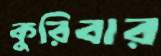
কুরিবার